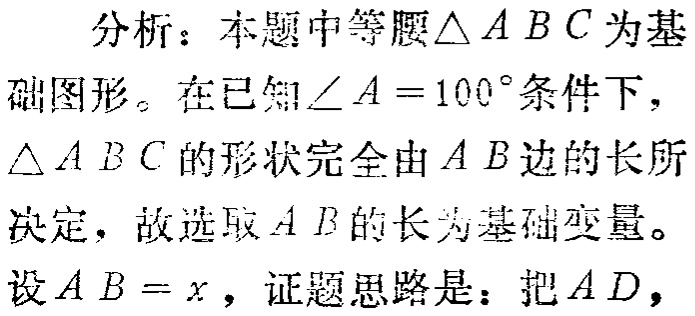
分析：本题中等腰$\triangle ABC$为基
础图形。在已知$\angle A = 100^{\circ}$条件下，
$\triangle ABC$的形状完全由$AB$边的长所
决定，故选取$AB$的长为基础变量。
设$AB = x$，证题思路是：把$AD$，